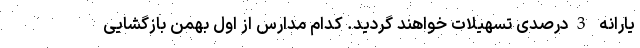
یارانه 3درصدی تسهیلات خواهند گردید. کدام مدارس از اول بهمن بازگشایی